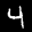
Label: 4